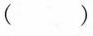
( )